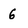
Character: 6